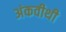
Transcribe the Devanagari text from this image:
अंकवीथी